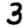
Digit: 3